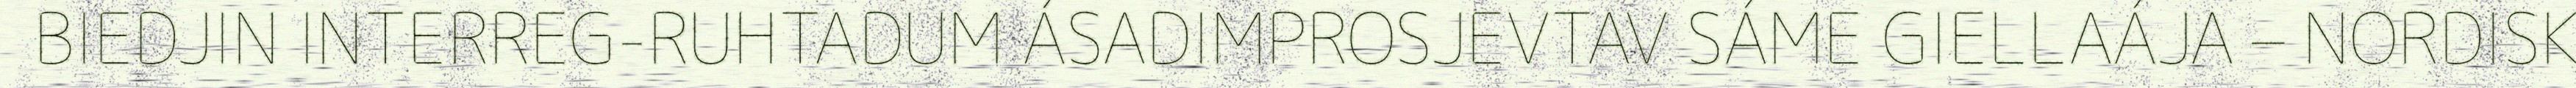
BIEDJIN INTERREG-RUHTADUM ÁSADIMPROSJEVTAV SÁME GIELLAÁJA – NORDISK